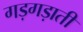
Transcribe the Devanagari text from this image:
गड़गड़ाती